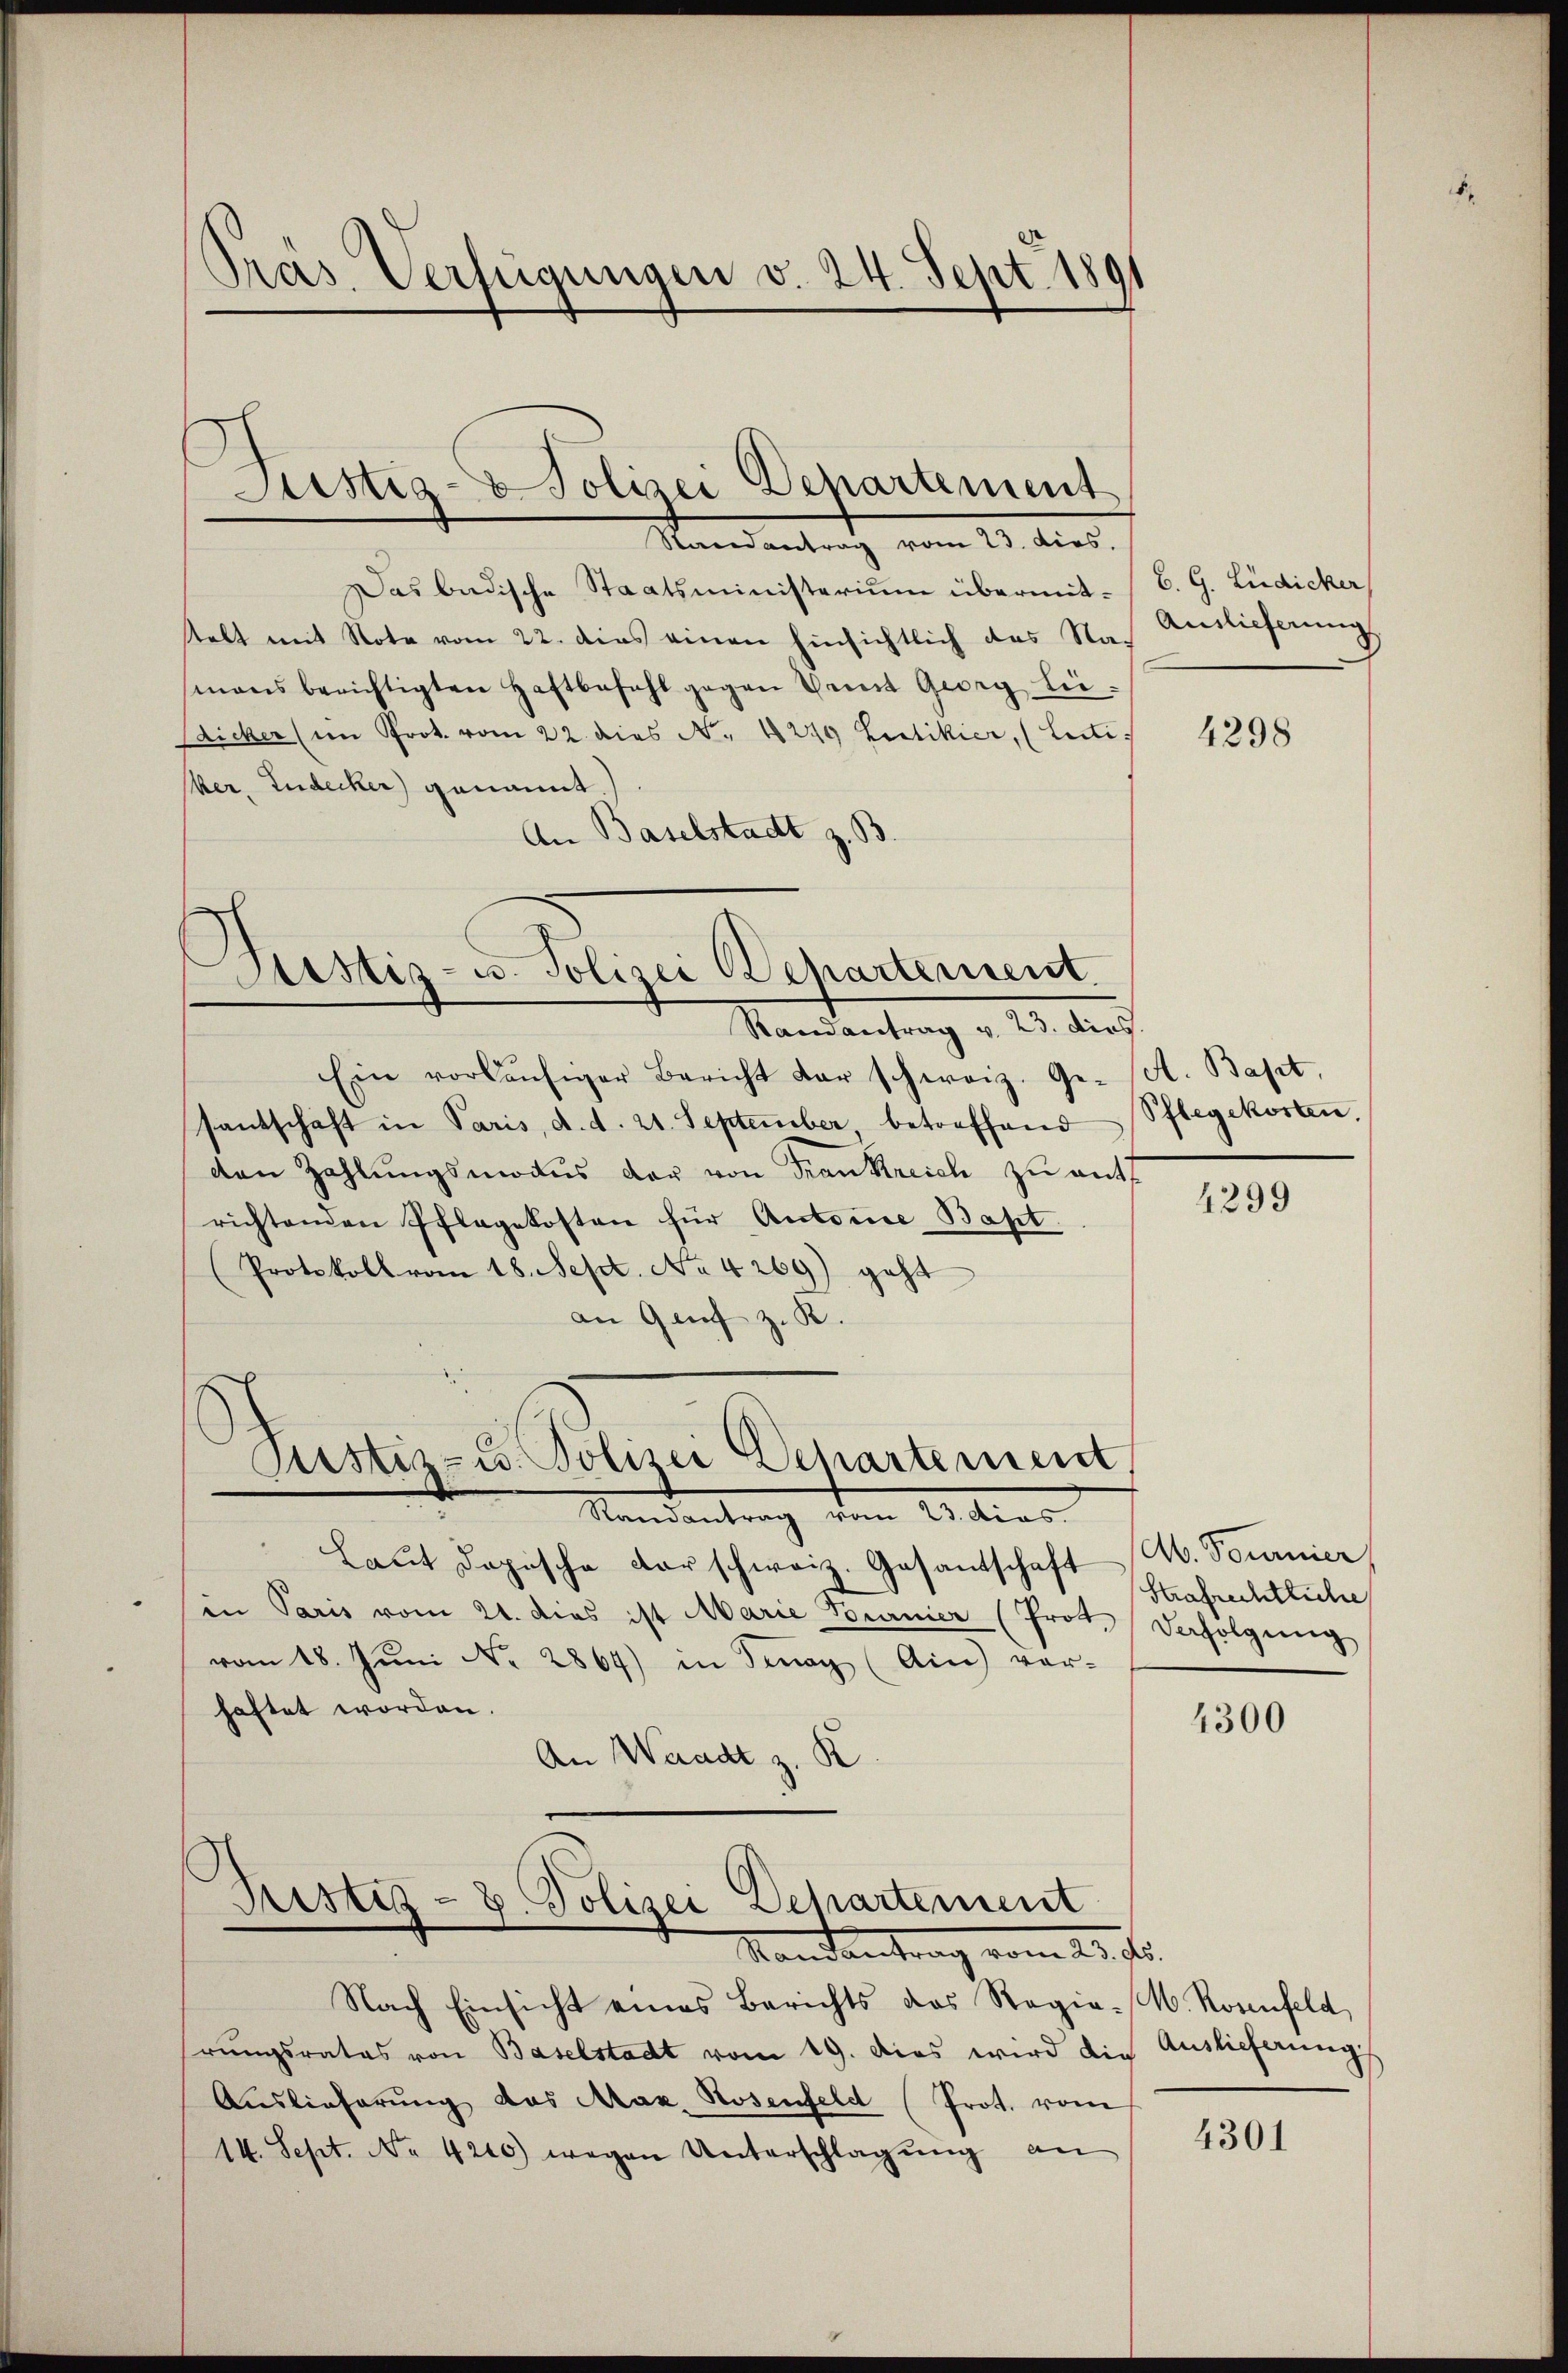
Präs. Verfügungen v. 24. Sept. 1891

Justiz- & Polizei Departement
Randantrag vom 23. dies

Das badische Staatsministerium übermit- / B. G. Lüdicker
telt mit Note vom 22. dies einen hinsichtlich das Nac
mans berichtigten Haftbefehl gegen Greut Georg Liedicker (im Prot. vom 22. dies N. 1249 Lectikier, (Lectiker, Ludecker genannt.)
An Baselstadt z. B.

Sistiz- u. Polizei Departensent.

Randantrag v. 23. dies.
Ein vorläŭfiger Bericht dar schweiz. Ge-
santschaft in Paris, d. d. 21. September, betreffend
van Zahlungsmodus der von Frankreich zu ant
richtenden Pflegekosten für Antone Bast.
Protokoll vom 18. Sept. No. 4269) geht
an Genf z. B.

Justiz- u. Polizei Departement

Justiz- & Polizei Dehartement
Mandantrag vom 23. Ju

Randantrag vom 23. dies
Laut dopische der schweiz. Gesantschaft
in Paris vom 21. dies ist Marie Bournier (Prot. Defolgŭng
vom 18. Jŭni Nr. 2864) in denay (Ain) vor-
haftet worden.
An Waadt z. R.

Nach Einsicht eines Berichts das Regie-M. Rosenfeld
rungsrates von Baselstadt vom 19. Das wird die Auslieferungs
Auslieferung das Max Hosenfeld (Prot. vom
14. Sept. No. 4210) wegen Unterschlagung an

Auslieferung

4298

A. Bapt.
Pflegekosten.

4299

M. Tournier
Strafrechtliche

4300

4301